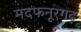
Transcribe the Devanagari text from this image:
मदफनूरगढ़